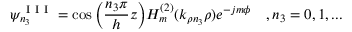
\psi _ { n _ { 3 } } ^ { \mathrm { ~ I ~ I ~ I ~ } } = \cos \Big ( \frac { n _ { 3 } \pi } { h } z \Big ) H _ { m } ^ { ( 2 ) } ( k _ { \rho n _ { 3 } } \rho ) e ^ { - j m \phi } \quad , n _ { 3 } = 0 , 1 , . . .